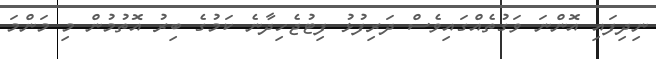
ނިދިފައި އޮންނަ ވަގުތެއްގައިވެސް ދަރިފުޅު ފިޓުޖެހިދާނެ ކަމުގެ ބިރު އޮތުމުން މި މަންމަ